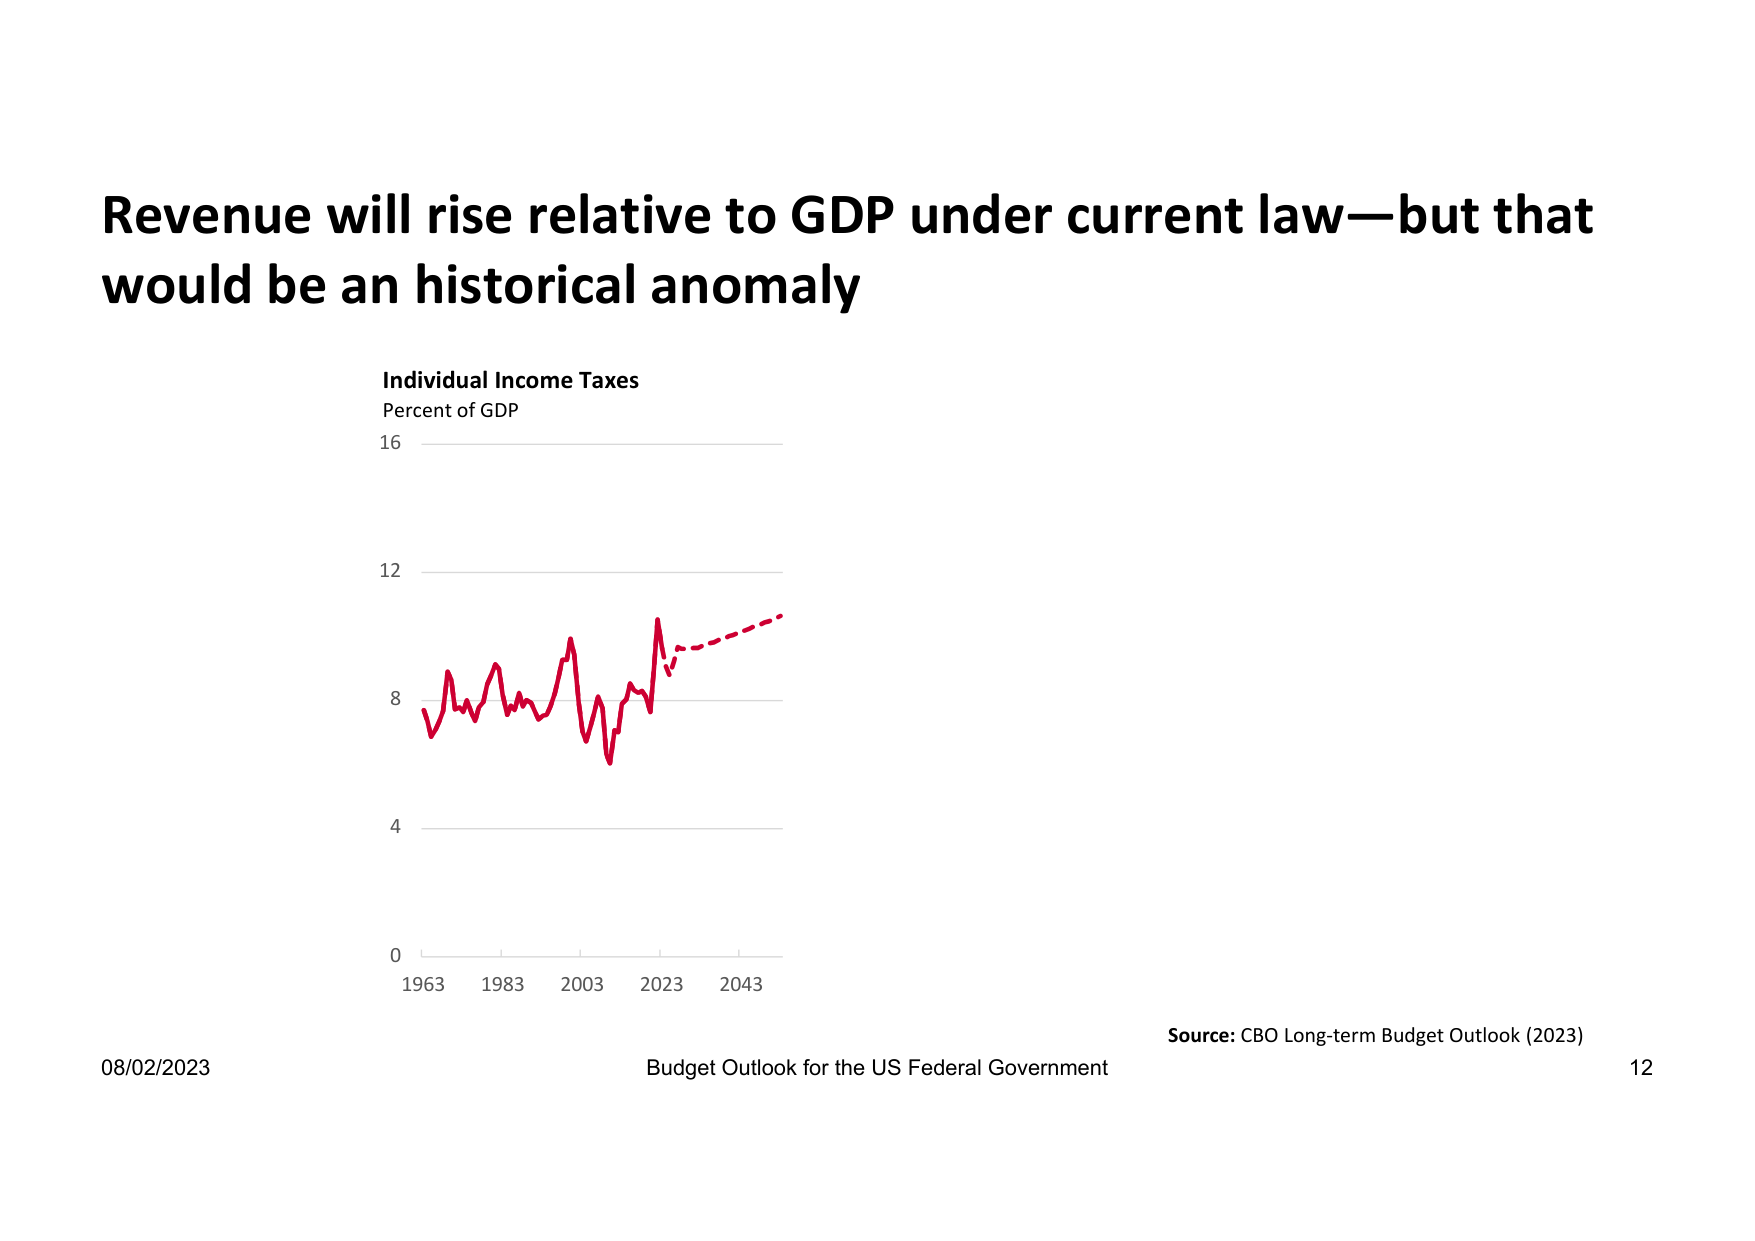
Revenue will rise relative to GDP under current law—but that would be an historical anomaly

Individual Income Taxes
Percent of GDP
16
12
8
4
0
1963 1983 2003 2023 2043

08/02/2023
Budget Outlook for the US Federal Government
Source: CBO Long-term Budget Outlook (2023)
12